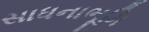
સાધનાભૂમિ